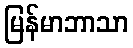
မြန်မာဘာသာ